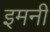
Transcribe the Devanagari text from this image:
इमनी